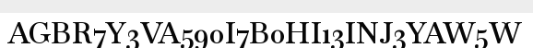
AGBR7Y3VA590I7B0HI13INJ3YAW5W